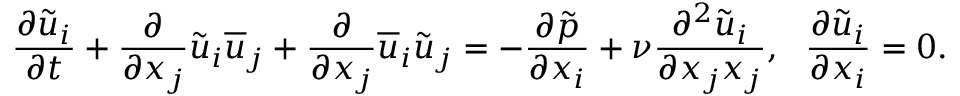
\frac { \partial \Tilde { u } _ { i } } { \partial t } + \frac { \partial } { \partial x _ { j } } \Tilde { u } _ { i } \overline { { u } } _ { j } + \frac { \partial } { \partial x _ { j } } \overline { { u } } _ { i } \Tilde { u } _ { j } = - \frac { \partial \Tilde { p } } { \partial x _ { i } } + \nu \frac { \partial ^ { 2 } \Tilde { u } _ { i } } { \partial x _ { j } x _ { j } } , ~ ~ \frac { \partial \Tilde { u } _ { i } } { \partial x _ { i } } = 0 .